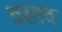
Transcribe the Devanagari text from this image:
वस्तव